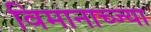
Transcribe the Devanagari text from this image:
विमानाच्ज्या